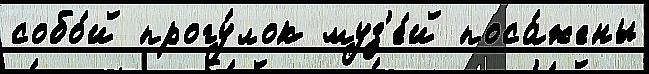
собо́й прогу́лок муз'е́й поса́жены